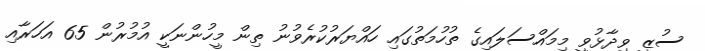
ސުޒީ ވިދާޅުވީ މިމައްސަލައިގެ ތުހުމަތުގައި ހައްޔަރުކުރެވުނު ތިން މީހުންނަކީ އުމުރުން 65 އަހަރާއި